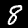
Label: 8